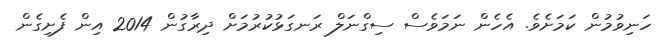
ހަނިވުމުން ކަމަށެވެ. އެހެން ނަމަވެސް ސިގްނަލް ރަނގަޅުކުރުމަށް ދިރާގުން 2014 އިން ފެށިގެން